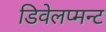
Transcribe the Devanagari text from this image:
डिवेलप्मन्ट